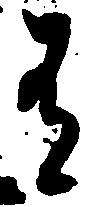
有